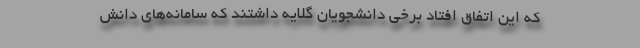
که این اتفاق افتاد برخی دانشجویان گلایه داشتند که سامانه‌های دانش